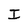
Character: I